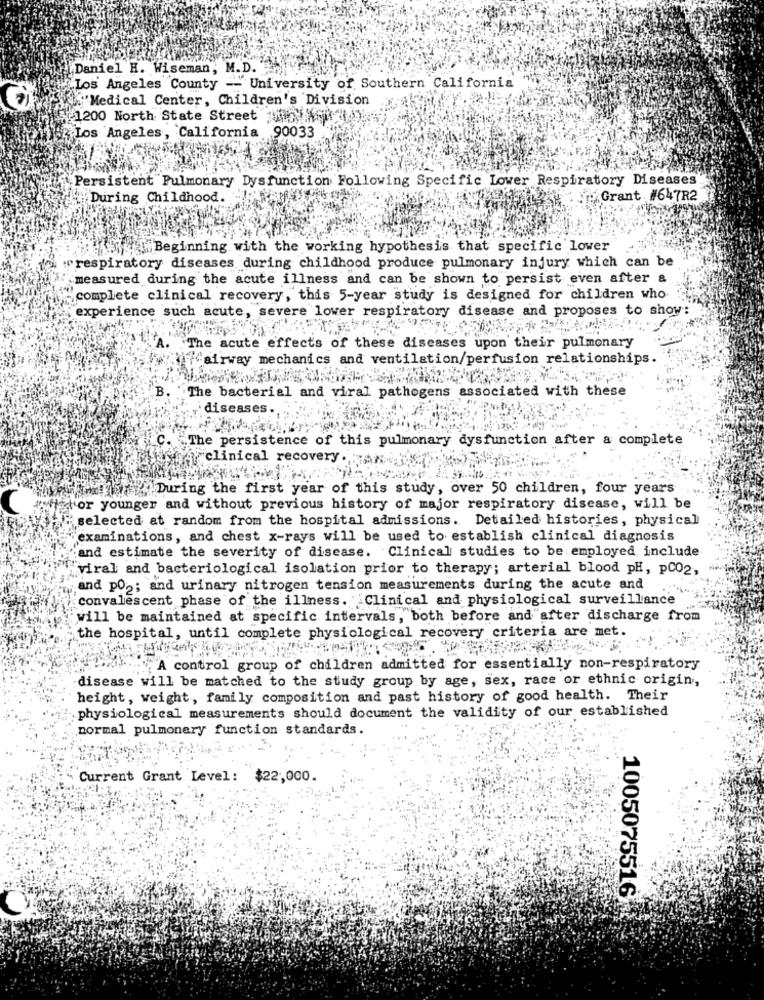
Daniel H. Wiseman, M.D.
Los Angeles County -- University of Southern California
."Medical Center, Children's Division
1200 North State Street whenyou (
Los Angeles, California 90033
Persistent Pulmonary Dysfunction Following Specific Lower Respiratory Diseases
During Childhood.
Grant #647R2
Beginning with the working hypothesis that specific lower
"respiratory diseases during childhood produce pulmonary injury which can be
measured during the acute illness and can be shown to persist even after &
complete clinical recovery, this 5-year study is designed for children who
experience such acute, severe lower respiratory disease and proposes to show:
A. The acute effects of these diseases upon their pulmonary
fairway mechanics and ventilation/perfusion relationships.
B.
The bacterial and viral pathogens associated with these
diseases.
C. The persistence of this pulmonary dysfunction after a complete
ihr clinical recovery . AN-
During the first year of this study, over 50 children, four years
For younger and without previous history of major respiratory disease, will be
selected at random from the hospital admissions. Detailed histories, physical
examinations, and chest x-rays will be used to establish clinical diagnosis
and estimate the severity of disease. Clinical studies to be employed include
"viral and bacteriological isolation prior to therapy; arterial blood pH, pCO2,
and po2; and urinary nitrogen tension measurements during the acute and
convalescent phase of the illness. "Clinical and physiological surveillance
will be maintained at specific intervals, both before and after discharge from
the hospital, until complete physiological recovery criteria are met.
A control group of children admitted for essentially non-respiratory
disease will be matched to the study group by age, sex, race or ethnic origin,
height, weight, family composition and past history of good health. Their
physiological measurements should document the validity of our established
normal pulmonary function standards.
Current Grant Level: $22,000.
1005075516